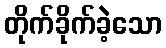
တိုက်ခိုက်ခဲ့သော